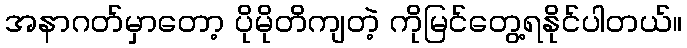
အနာဂတ်မှာတော့ ပိုမိုတိကျတဲ့ ကိုမြင်တွေ့ရနိုင်ပါတယ်။